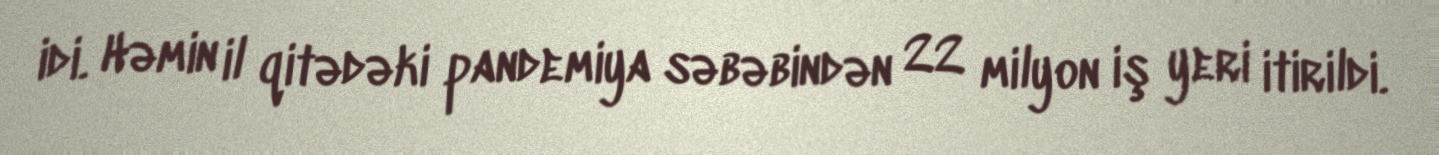
idi. Həmin il qitədəki pandemiya səbəbindən 22 milyon iş yeri itirildi.